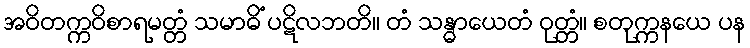
အဝိတက္ကဝိစာရမတ္တံ သမာဓိံ ပဋိလဘတိ။ တံ သန္ဓာယေတံ ဝုတ္တံ။ စတုက္ကနယေ ပန